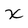
Character: x